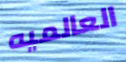
العالميه